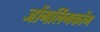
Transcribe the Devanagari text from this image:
जोंगलिंगकोंग